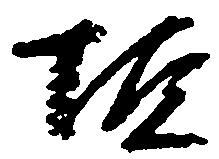
垣